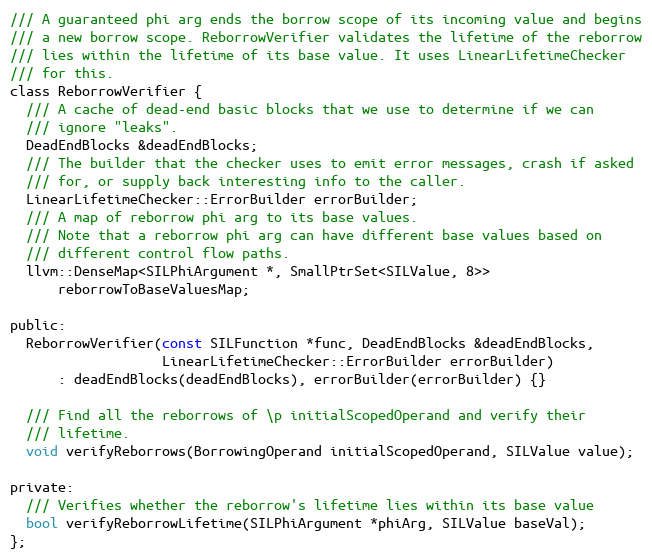
Language: C
/// A guaranteed phi arg ends the borrow scope of its incoming value and begins
/// a new borrow scope. ReborrowVerifier validates the lifetime of the reborrow
/// lies within the lifetime of its base value. It uses LinearLifetimeChecker
/// for this.
class ReborrowVerifier {
  /// A cache of dead-end basic blocks that we use to determine if we can
  /// ignore "leaks".
  DeadEndBlocks &deadEndBlocks;
  /// The builder that the checker uses to emit error messages, crash if asked
  /// for, or supply back interesting info to the caller.
  LinearLifetimeChecker::ErrorBuilder errorBuilder;
  /// A map of reborrow phi arg to its base values.
  /// Note that a reborrow phi arg can have different base values based on
  /// different control flow paths.
  llvm::DenseMap<SILPhiArgument *, SmallPtrSet<SILValue, 8>>
      reborrowToBaseValuesMap;

public:
  ReborrowVerifier(const SILFunction *func, DeadEndBlocks &deadEndBlocks,
                   LinearLifetimeChecker::ErrorBuilder errorBuilder)
      : deadEndBlocks(deadEndBlocks), errorBuilder(errorBuilder) {}

  /// Find all the reborrows of \p initialScopedOperand and verify their
  /// lifetime.
  void verifyReborrows(BorrowingOperand initialScopedOperand, SILValue value);

private:
  /// Verifies whether the reborrow's lifetime lies within its base value
  bool verifyReborrowLifetime(SILPhiArgument *phiArg, SILValue baseVal);
};